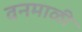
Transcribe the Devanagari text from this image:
वनमाळी